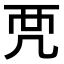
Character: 𧟣